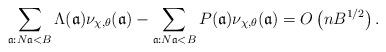
LaTeX: \begin{align*}\sum_{\mathfrak a :N\mathfrak a <B}\Lambda(\mathfrak a)\nu_{\chi, \theta}(\mathfrak a) - \sum_{\mathfrak a :N\mathfrak a <B}P(\mathfrak a)\nu_{\chi, \theta}(\mathfrak a) = O\left(nB^{1/2}\right).\end{align*}